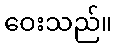
ဝေးသည်။